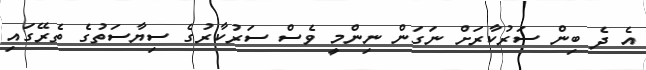
އެ ދެ ބިން ސަރުކާރަށް ނަގަން ނިންމީ ވެސް ސަރުކާރުގެ ސިޔާސަތުގެ ތެރޭގައި